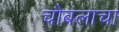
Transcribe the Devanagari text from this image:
चौबलाचा